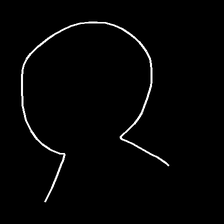
Glyph: weave